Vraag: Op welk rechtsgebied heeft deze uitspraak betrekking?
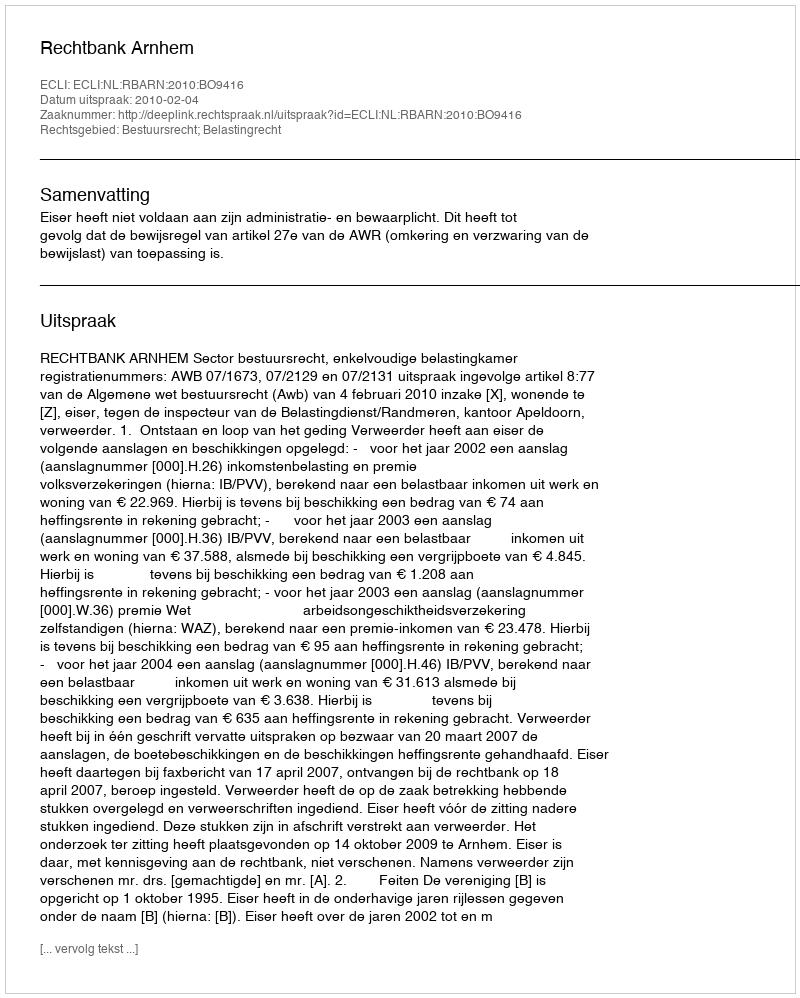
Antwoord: Bestuursrecht; Belastingrecht